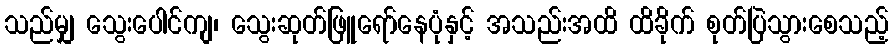
သည်မျှ သွေးပေါင်ကျ၊ သွေးဆုတ်ဖြူရော်နေပုံနှင့် အသည်းအထိ ထိခိုက် စုတ်ပြဲသွားစေသည့်